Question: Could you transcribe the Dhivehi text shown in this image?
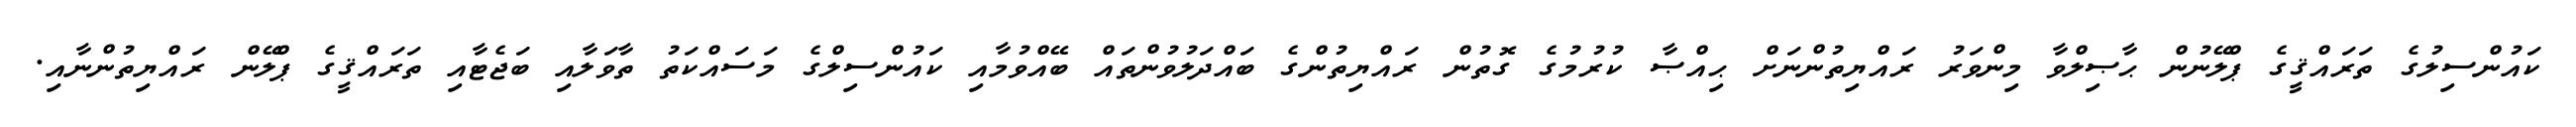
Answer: ކައުންސިލުގެ ތަރައްޤީގެ ޕްލޭނުން ޙާޞިލްވާ މިންވަރު ރައްޔިތުންނަށް ޙިއްޞާ ކުރުމުގެ ގޮތުން ރައްޔިތުންގެ ބައްދަލުވުންތައް ބޭއްވުމާއި ކައުންސިލްގެ މަސައްކަތު ތާވަލާއި ބަޖެޓާއި ތަރައްޤީގެ ޕްލޭން ރައްޔިތުންނާއި.